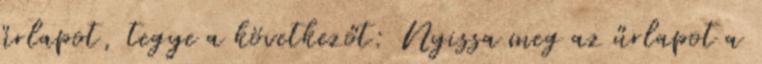
űrlapot, tegye a következőt: Nyissa meg az űrlapot a